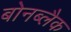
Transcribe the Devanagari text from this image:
बोनब्लैक